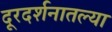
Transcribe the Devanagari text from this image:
दूरदर्शनातल्या